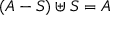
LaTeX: ( A - S ) \uplus S = A